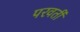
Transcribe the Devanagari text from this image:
परवतीं